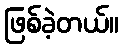
ဖြစ်ခဲ့တယ်။